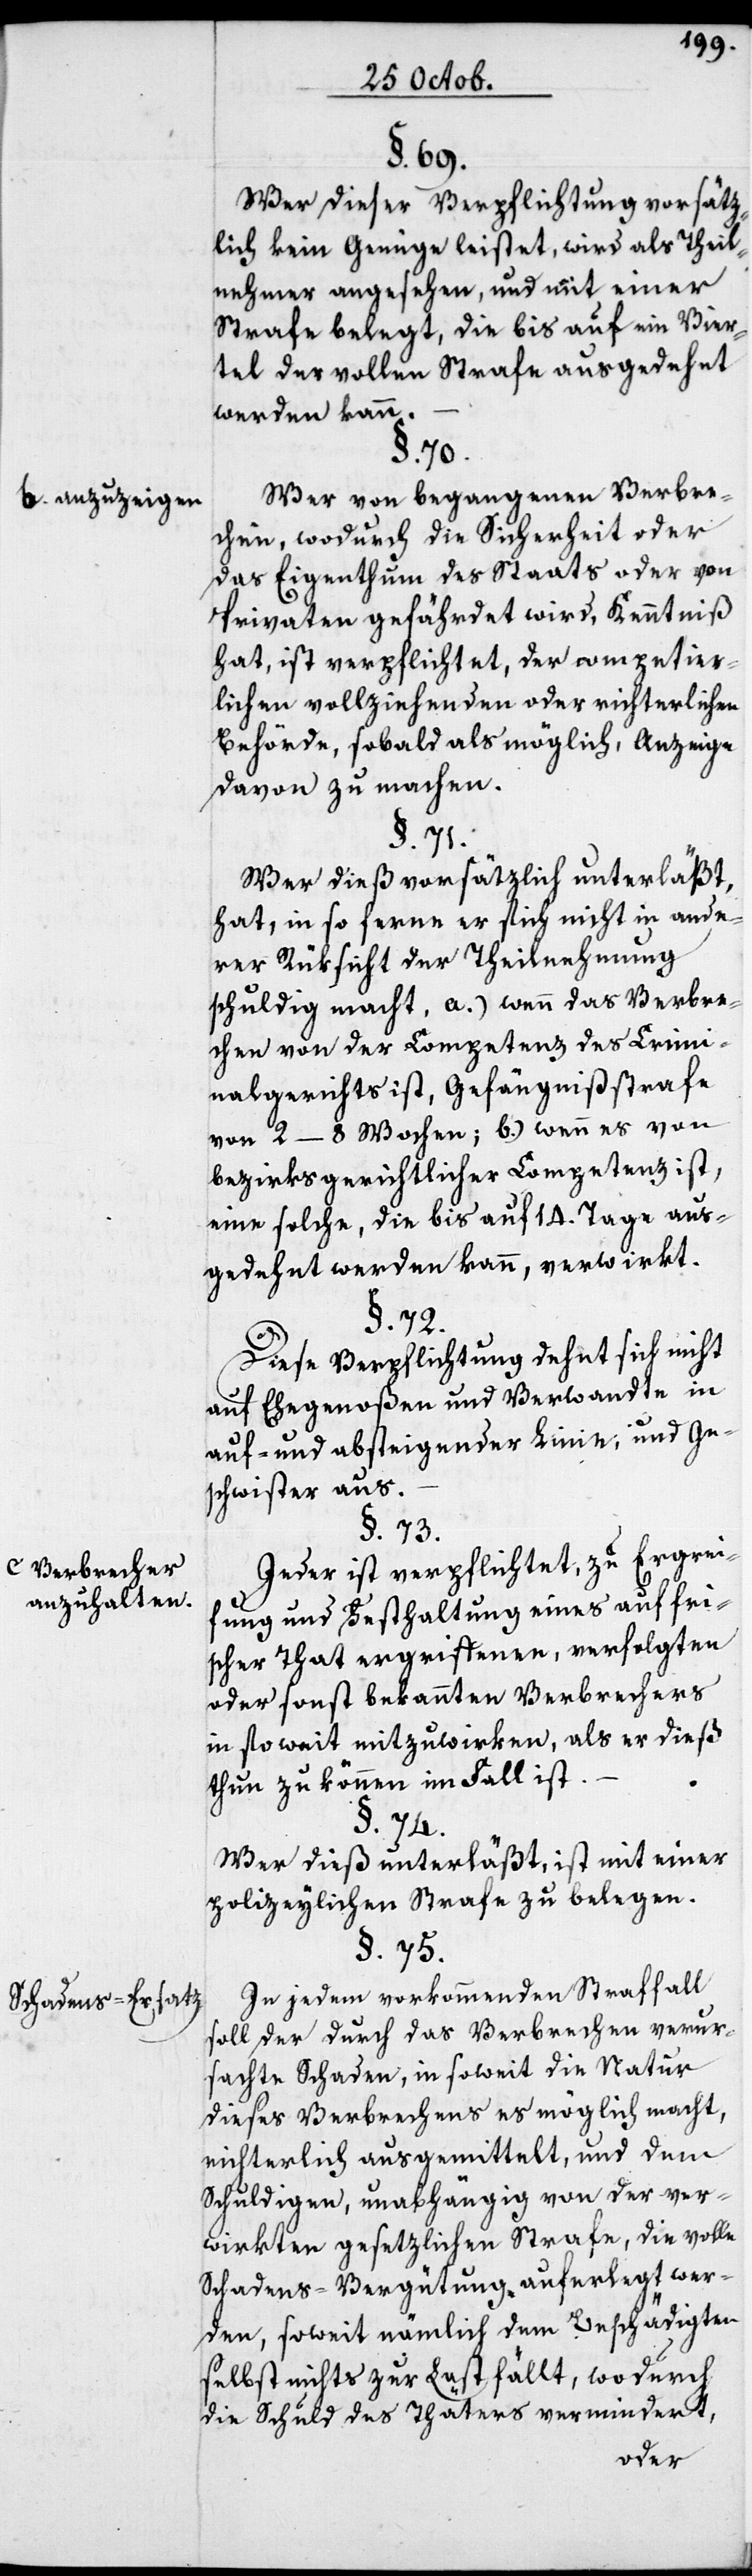
b. anzuzeigen
c. Verbrecher
anzuhalten.
Schadens-Ersatz.

§. 69.
Wer dieser Verpflichtung vorsätz¬
lich kein Genüge leistet, wird als Theil¬
nehmer angesehen und mit einer
Strafe belegt, die bis auf ein Vier¬
tel der vollen Strafe ausgedehnt
werden kann.
§. 70.
Wer von begangenen Verbre¬
chen, wodurch die Sicherheit oder
das Eigenthum des Staats oder von
Privaten gefährdet wird, Kenntniß
hat, ist verpflichtet, der competier¬
lichen Vollziehenden oder richterlichen
Behörde, sobald als möglich, Anzeige
davon zu machen.
§. 71.
Wer dieß vorsätzlich unterläßt,
hat, insoferne er sich nicht in ande¬
rer Rüksicht zur Theilnehmung
schuldig macht, a.) wenn das Verbre¬
chen von der Competenz des Crimi¬
nalgerichts ist, Gefängnißstrafe
von 2–8. Wochen; b.) wenn es von
bezirksgerichtlicher Competenz ist,
eine solche, die bis auf 14. Tage aus¬
gedehnt werden kann, verwirkt.
§. 72.
Diese Verpflichtung dehnt sich nicht
auf Ehegenoßen und Verwandte in
auf- und absteigender Linie, und Ge¬
schwister aus.
§. 73.
Jeder ist verpflichtet, zu Ergreif¬
ung und Festhaltung eines auf fri¬
scher That ergriffenen, verfolgten
oder sonst bekannten Verbrechers
in so weit mitzuwirken, als er dieß
thun zu können im Fall ist.
§. 74.
Wer dieß unterläßt, ist mit einer
polizeylichen Strafe zu belegen.
§. 75.
In jedem vorkommenden Straffall
soll der durch das Verbrechen verur¬
sachte Schaden, in soweit die Natur
dieses Verbrechens es möglich macht,
richterlich ausgemittelt, und dem
Schuldigen, unabhängig von der ver¬
wirkten gesetzlichen Strafe, die volle
Schadens-Vergütung auferlegt wer¬
den, soweit nämmlich dem Beschädigten
selbst nichts zur Last fällt, wodurch
die Schuld des Thäters vermindert,